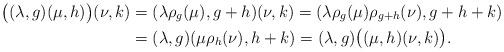
LaTeX: \begin{align*}\big((\lambda,g)(\mu,h)\big)(\nu,k) &= (\lambda\rho_g(\mu), g+h)(\nu,k) = (\lambda\rho_g(\mu) \rho_{g+h}(\nu), g+h+k) \\ &= (\lambda, g)(\mu\rho_h(\nu), h+k) = (\lambda,g)\big((\mu,h)(\nu,k)\big).\end{align*}